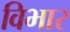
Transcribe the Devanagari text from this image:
विभार